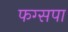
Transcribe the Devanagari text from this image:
फग्सपा